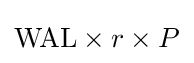
{\text{WAL}}\times r\times P